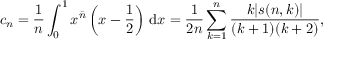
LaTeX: c _ { n } = { \frac { 1 } { n } } \int _ { 0 } ^ { 1 } x ^ { \bar { n } } \left( x - { \frac { 1 } { 2 } } \right) \, \mathrm { { d } } x = { \frac { 1 } { 2 n } } \sum _ { k = 1 } ^ { n } { \frac { k | s ( n , k ) | } { ( k + 1 ) ( k + 2 ) } } ,